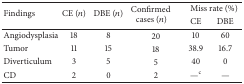
| <ROWSPAN=2> Findings | <ROWSPAN=2> CE (n) | <ROWSPAN=2> DBE (n) | <ROWSPAN=2> Confirmed cases (n) | <COLSPAN=2> Miss rate (%) |
 | CE | DBE |
 | --- | --- | --- | --- | --- | --- |
 | Angiodysplasia | 18 | 8 | 20 | 10 | 60 |
 | Tumor | 11 | 15 | 18 | 38.9 | 16.7 |
 | Diverticulum | 3 | 5 | 5 | 40 | 0 |
 | CD | 2 | 0 | 2 | —c | — |